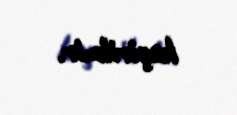
keçirilmir.